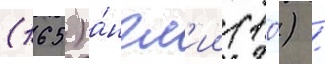
(165) а́нгл'ии (10) /